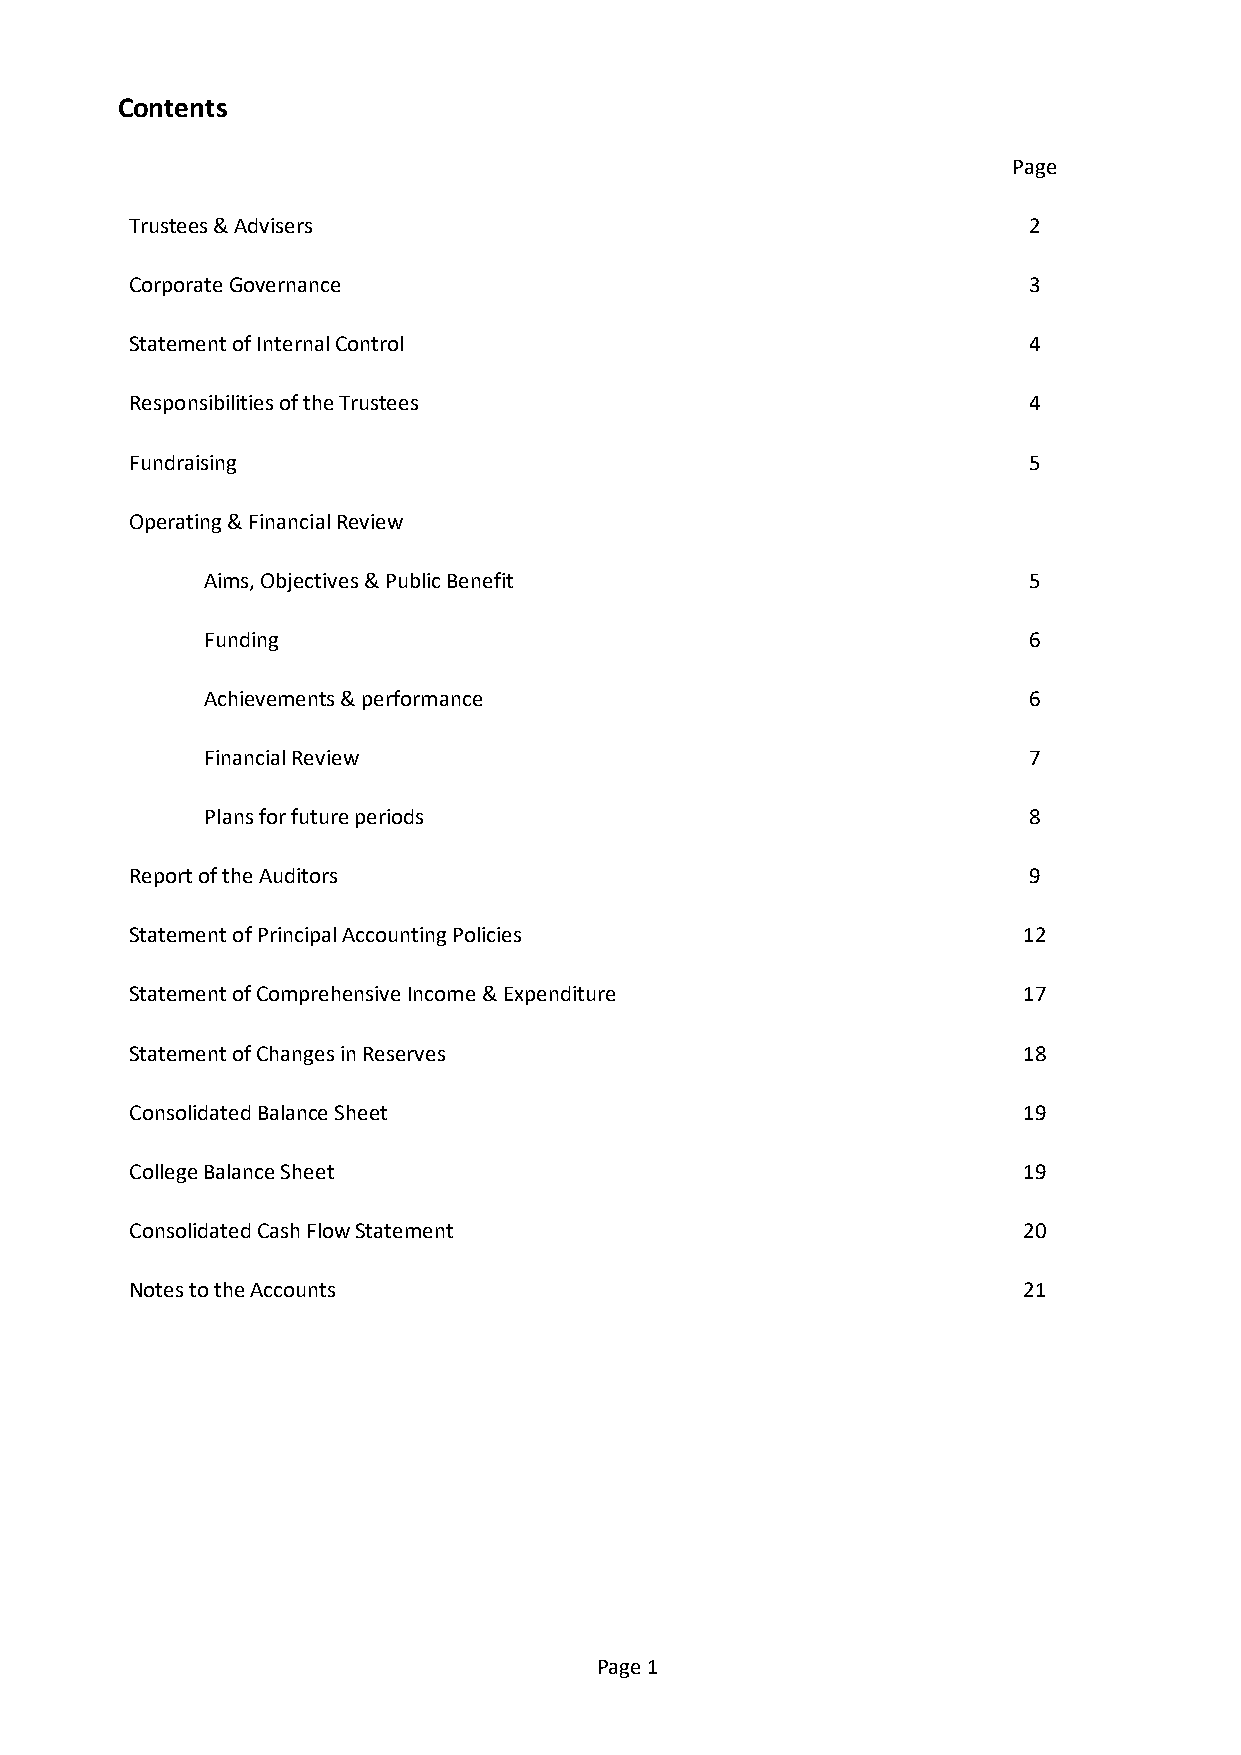
Contents
 Page
 Trustees & Advisers                                        2
 Corporate Governance                                       3
 Statement of Internal Control                              4
 Responsibilities of the Trustees                           4
 Fundraising                                                5
 Operating & Financial Review
 Aims, Objectives & Public Benefit                     5
 Funding                                               6
 Achievements & performance                            6
 Financial Review                                      7
 Plans for future periods                              8
 Report of the Auditors                                     9
 Statement of Principal Accounting Policies                 12
 Statement of Comprehensive Income & Expenditure            17
 Statement of Changes in Reserves                           18
 Consolidated Balance Sheet                                 19
 College Balance Sheet                                      19
 Consolidated Cash Flow Statement                           20
 Notes to the Accounts                                      21
 Page 1